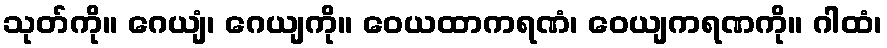
သုတ်ကို။ ဂေယျံ၊ ဂေယျကို။ ဝေယထာကရဏံ၊ ဝေယျကရဏကို။ ဂါထံ၊